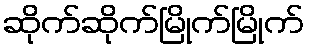
ဆိုက်ဆိုက်မြိုက်မြိုက်